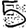
Digit: 5